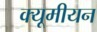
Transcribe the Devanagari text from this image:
क्यूमीयन